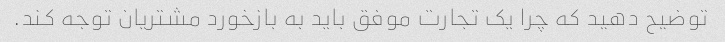
توضیح دهید که چرا یک تجارت موفق باید به بازخورد مشتریان توجه کند.